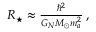
\begin{array} { r } { R _ { \star } \approx \frac { \hbar ^ { 2 } } { G _ { N } M _ { \odot } m _ { a } ^ { 2 } } \, , } \end{array}